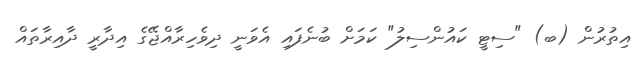
އިތުރުން (ބ) "ސިޓީ ކައުންސިލު" ކަމަށް ބުނެފައި އެވަނީ ދިވެހިރާއްޖޭގެ އިދާރީ ދާއިރާތައް